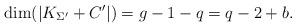
LaTeX: \begin{align*}\dim(|K_{\Sigma'}+C'|)=g-1-q=q-2+b.\end{align*}